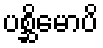
ပစ္ဆိမောပိ